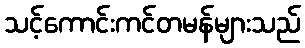
သင့်ကောင်းကင်တမန်များသည်